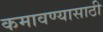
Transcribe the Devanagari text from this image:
कमावण्यासाठी